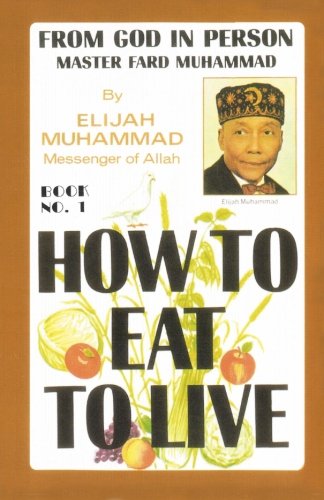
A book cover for How To Eat To Live, Book 1; Elijah Muhammad; Religion & Spirituality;